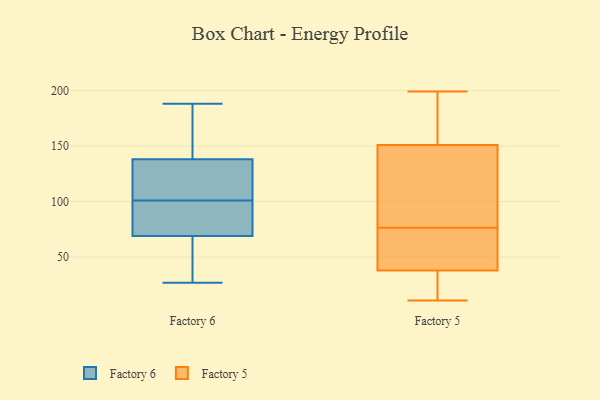
{"axis": {"x": "Tickets Resolved", "y": "Value"}, "legend": ["Factory 5", "Factory 6"], "data": [{"x": "", "y": 108, "type": "Factory 6"}, {"x": "", "y": 186, "type": "Factory 6"}, {"x": "", "y": 112, "type": "Factory 6"}, {"x": "", "y": 48, "type": "Factory 6"}, {"x": "", "y": 143, "type": "Factory 6"}, {"x": "", "y": 45, "type": "Factory 6"}, {"x": "", "y": 188, "type": "Factory 6"}, {"x": "", "y": 86, "type": "Factory 6"}, {"x": "", "y": 74, "type": "Factory 6"}, {"x": "", "y": 123, "type": "Factory 6"}, {"x": "", "y": 101, "type": "Factory 6"}, {"x": "", "y": 27, "type": "Factory 6"}, {"x": "", "y": 168, "type": "Factory 6"}, {"x": "", "y": 69, "type": "Factory 6"}, {"x": "", "y": 69, "type": "Factory 6"}, {"x": "", "y": 102, "type": "Factory 5"}, {"x": "", "y": 49, "type": "Factory 5"}, {"x": "", "y": 161, "type": "Factory 5"}, {"x": "", "y": 69, "type": "Factory 5"}, {"x": "", "y": 38, "type": "Factory 5"}, {"x": "", "y": 151, "type": "Factory 5"}, {"x": "", "y": 70, "type": "Factory 5"}, {"x": "", "y": 194, "type": "Factory 5"}, {"x": "", "y": 58, "type": "Factory 5"}, {"x": "", "y": 17, "type": "Factory 5"}, {"x": "", "y": 83, "type": "Factory 5"}, {"x": "", "y": 123, "type": "Factory 5"}, {"x": "", "y": 11, "type": "Factory 5"}, {"x": "", "y": 199, "type": "Factory 5"}, {"x": "", "y": 135, "type": "Factory 5"}, {"x": "", "y": 23, "type": "Factory 5"}, {"x": "", "y": 35, "type": "Factory 5"}, {"x": "", "y": 184, "type": "Factory 5"}]}